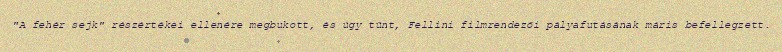
"A fehér sejk" részértékei ellenére megbukott, és úgy tűnt, Fellini filmrendezői pályafutásának máris befellegzett.